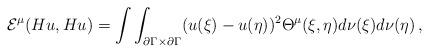
LaTeX: \begin{align*}{\cal E}^\mu(Hu,Hu)=\int\int_{\partial\Gamma\times \partial\Gamma} (u(\xi)-u(\eta))^2\Theta^\mu(\xi,\eta) d\nu(\xi)d\nu(\eta)\,,\end{align*}